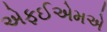
એફઈએમએ